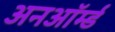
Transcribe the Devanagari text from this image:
अनऑर्म्ड